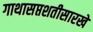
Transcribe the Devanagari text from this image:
गाथासप्तशतीसारखे